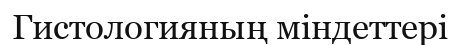
Гистологияның міндеттері